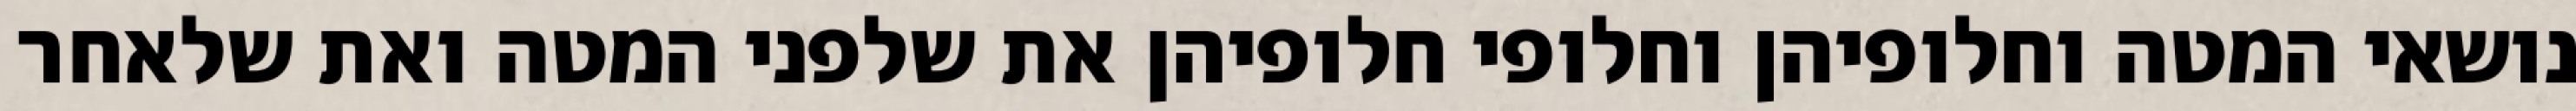
נושאי המטה וחלופיהן וחלופי חלופיהן את שלפני המטה ואת שלאחר